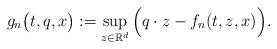
LaTeX: \begin{align*}g_n\big(t,q,x\big):=\sup_{z\in \mathbb{R}^d}\Big( q\cdot z - f_n(t,z,x)\Big).\end{align*}